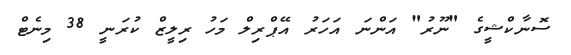
ސޮނާކްޝީގެ "ނޫރު" އަންނަ އަހަރު އޭޕްރިލް މަހު ރިލީޒް ކުރަނީ 38 މިނެޓް